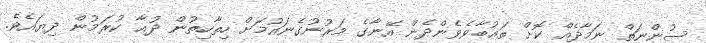
ސުންނަތް ނަމާދެއް ކޮށް ތަޢުބާވެވެންދެން އޭނާގެ މަރުނުގެނައުމަށް ހިތާހިތުން ދުޢާ ކުރަމުން ދިޔައެވެ.